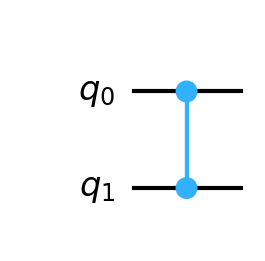
Description: Controlled-Z: phase flip on |11⟩
描述: 受控Z门：对|11⟩施加相位翻转
Category: gate_coverage (difficulty: basic)
Qubits: 2, circuit depth: 1

Braket implementation:
from braket.circuits import Circuit
circuit = Circuit().cz(0, 1)